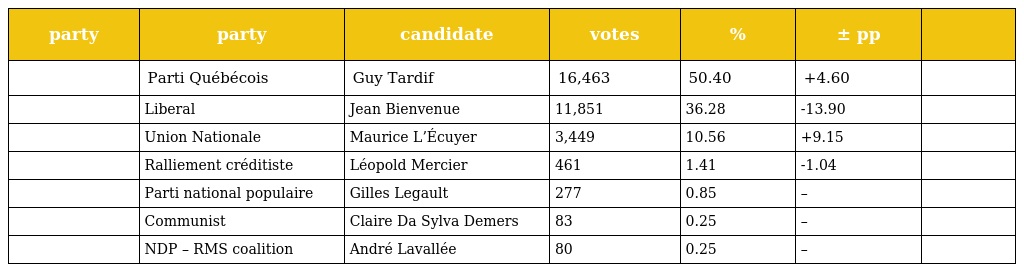
| party | party | candidate | votes | % | ± pp |  |
 | --- | --- | --- | --- | --- | --- | --- |
 |  | Parti Québécois | Guy Tardif | 16,463 | 50.40 | +4.60 |  |
 |  | Liberal | Jean Bienvenue | 11,851 | 36.28 | -13.90 |  |
 |  | Union Nationale | Maurice L’Écuyer | 3,449 | 10.56 | +9.15 |  |
 |  | Ralliement créditiste | Léopold Mercier | 461 | 1.41 | -1.04 |  |
 |  | Parti national populaire | Gilles Legault | 277 | 0.85 | – |  |
 |  | Communist | Claire Da Sylva Demers | 83 | 0.25 | – |  |
 |  | NDP – RMS coalition | André Lavallée | 80 | 0.25 | – |  |